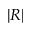
| R |